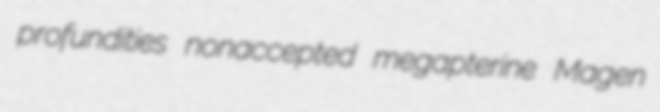
profundities nonaccepted megapterine Magen